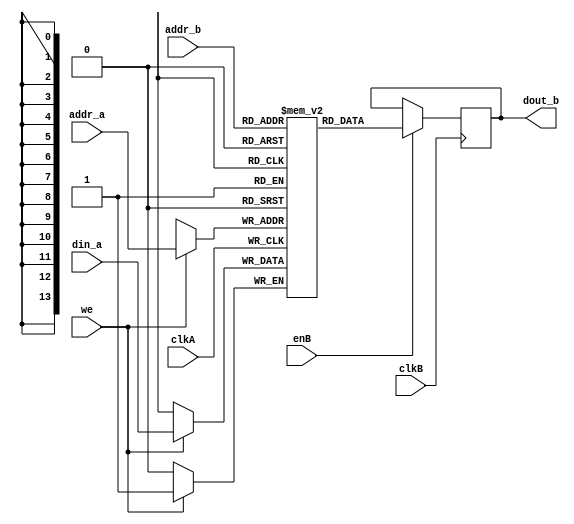

module bloque3 # (
parameter mem_file_name ="none"
) (
input wire clkA,
input wire clkB,
input wire we,
input enB,
input wire [13:0] addr_a,
input wire [13:0] addr_b,
input wire din_a,
output reg dout_b);

// signal declaration
reg  ram [0:16383];
assign enA =1;

initial 
begin 
if (mem_file_name != "none")
	begin
		$readmemb(mem_file_name, ram);
	end 
end


//body
always @(posedge clkA)
if (enA) begin
if (we)
ram[addr_a] <= din_a; 
end

always @(posedge clkB)
begin
if (enB)
dout_b<= ram[addr_b];
end


endmodule